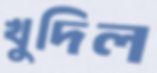
খুদিল